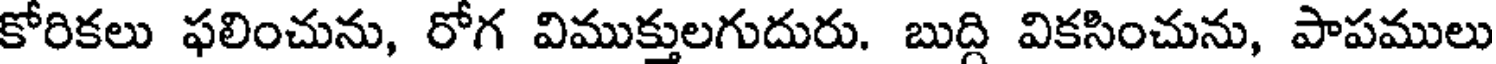
కోరికలు ఫలించును, రోగ విముక్తులగుదురు. బుద్ది వికసించును, పాపములు